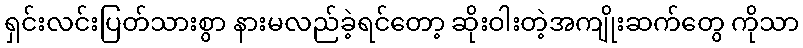
ရှင်းလင်းပြတ်သားစွာ နားမလည်ခဲ့ရင်တော့ ဆိုးဝါးတဲ့အကျိုးဆက်တွေ ကိုသာ